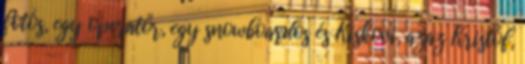
fotós, egy operatőr, egy snowboardos és Kiskovi, azaz Kristóf,